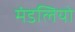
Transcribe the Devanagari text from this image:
मंडलियो